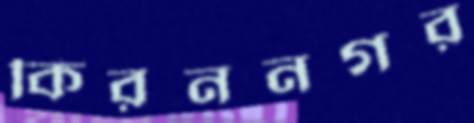
কিরননগর